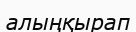
алыңқырап